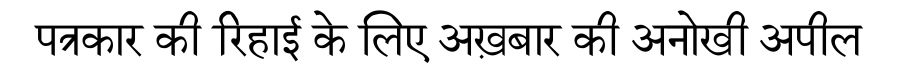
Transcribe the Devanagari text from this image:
पत्रकार की रिहाई के लिए अख़बार की अनोखी अपील